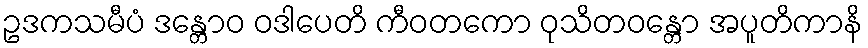
ဥဒကသမီပံ ဒန္တောဝ ဝဒါပေတိ ကီဝတကော ဝုသိတဝန္တော အပူတိကာနိ